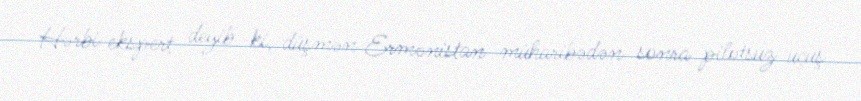
Hərbi ekspert deyib ki, düşmən Ermənistan müharibədən sonra pilotsuz uçuş